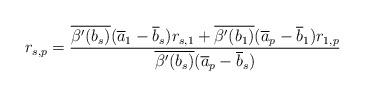
LaTeX: \begin{align*}r_{s,p}=\frac{\overline{\beta'(b_s)}(\overline{a}_1-\overline{b}_s)r_{s,1}+\overline{\beta'(b_1)}(\overline{a}_p-\overline{b}_1)r_{1,p}}{\overline{\beta'(b_s)}(\overline{a}_p-\overline{b}_s)}\end{align*}